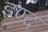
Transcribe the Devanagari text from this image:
इण्द